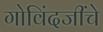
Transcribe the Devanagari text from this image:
गोविंदजींचे